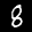
Label: 8